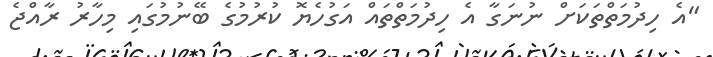
"އެ ހިދުމަތްތަކަށް ނުނަގާ އެ ހިދުމަތްތައް އަގުހެޔޮ ކުރުމުގެ ބޭނުމުގައި މިހާރު ރާއްޖެ